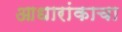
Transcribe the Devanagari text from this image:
आधारांकाचा